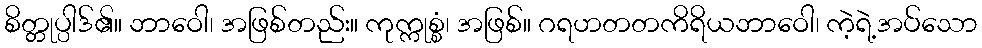
စိတ္တုပ္ပါဒ်၏။ ဘာဝေါ၊ အဖြစ်တည်း။ ကုက္ကုစ္စံ၊ အဖြစ်။ ဂရဟတတကိရိယဘာဝေါ၊ ကဲ့ရဲ့အပ်သော